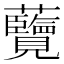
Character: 𮓔